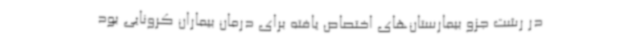
در رشت جزو بیمارستان‌های اختصاص یافته برای درمان بیماران کرونایی بود‌